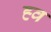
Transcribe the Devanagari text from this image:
ह्व